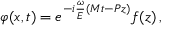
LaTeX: \varphi ( x , t ) = e ^ { - i \frac \omega E ( M t - P z ) } f ( z ) \, ,